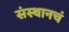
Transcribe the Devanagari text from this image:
संस्थानचं